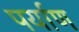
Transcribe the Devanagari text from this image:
पर्याण